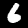
Digit: 6